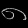
Digit: ၈